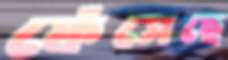
ফেঁসেছে